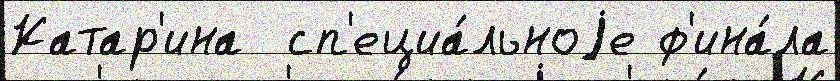
Катар'ина  сп'ециа́льноjе ф'ина́ла